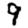
Digit: 9